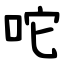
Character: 咜